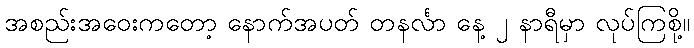
အစည်းအဝေးကတော့ နောက်အပတ် တနင်္လာ နေ့ ၂ နာရီမှာ လုပ်ကြစို့။